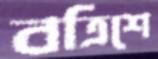
বত্রিশে